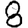
Digit: 8